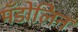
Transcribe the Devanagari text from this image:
मँडोलिन